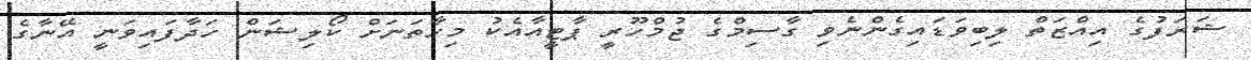
ޝަރަފުގެ އިއްޒަތް ލިބިވަޑައިގެންނެވި ގާސިމްގެ ޖުމްހޫރީ ޕާޓީއާއެކު މިހާތަނަށް ކޯލިޝަން ހަދާފައިވަނީ އޭނާގެ